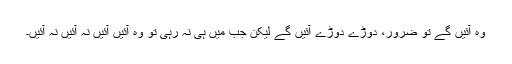
وہ آئیں گے تو ضرور، دوڑے دوڑے آئیں گے لیکن جب میں ہی نہ رہی تو وہ آئیں آئیں نہ آئیں نہ آئیں۔